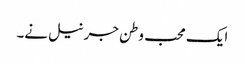
ایک محب وطن جرنیل نے۔